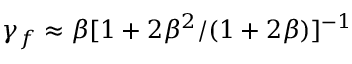
\gamma _ { f } \approx \beta [ 1 + { 2 \beta ^ { 2 } } / ( { 1 + 2 \beta } ) ] ^ { - 1 }